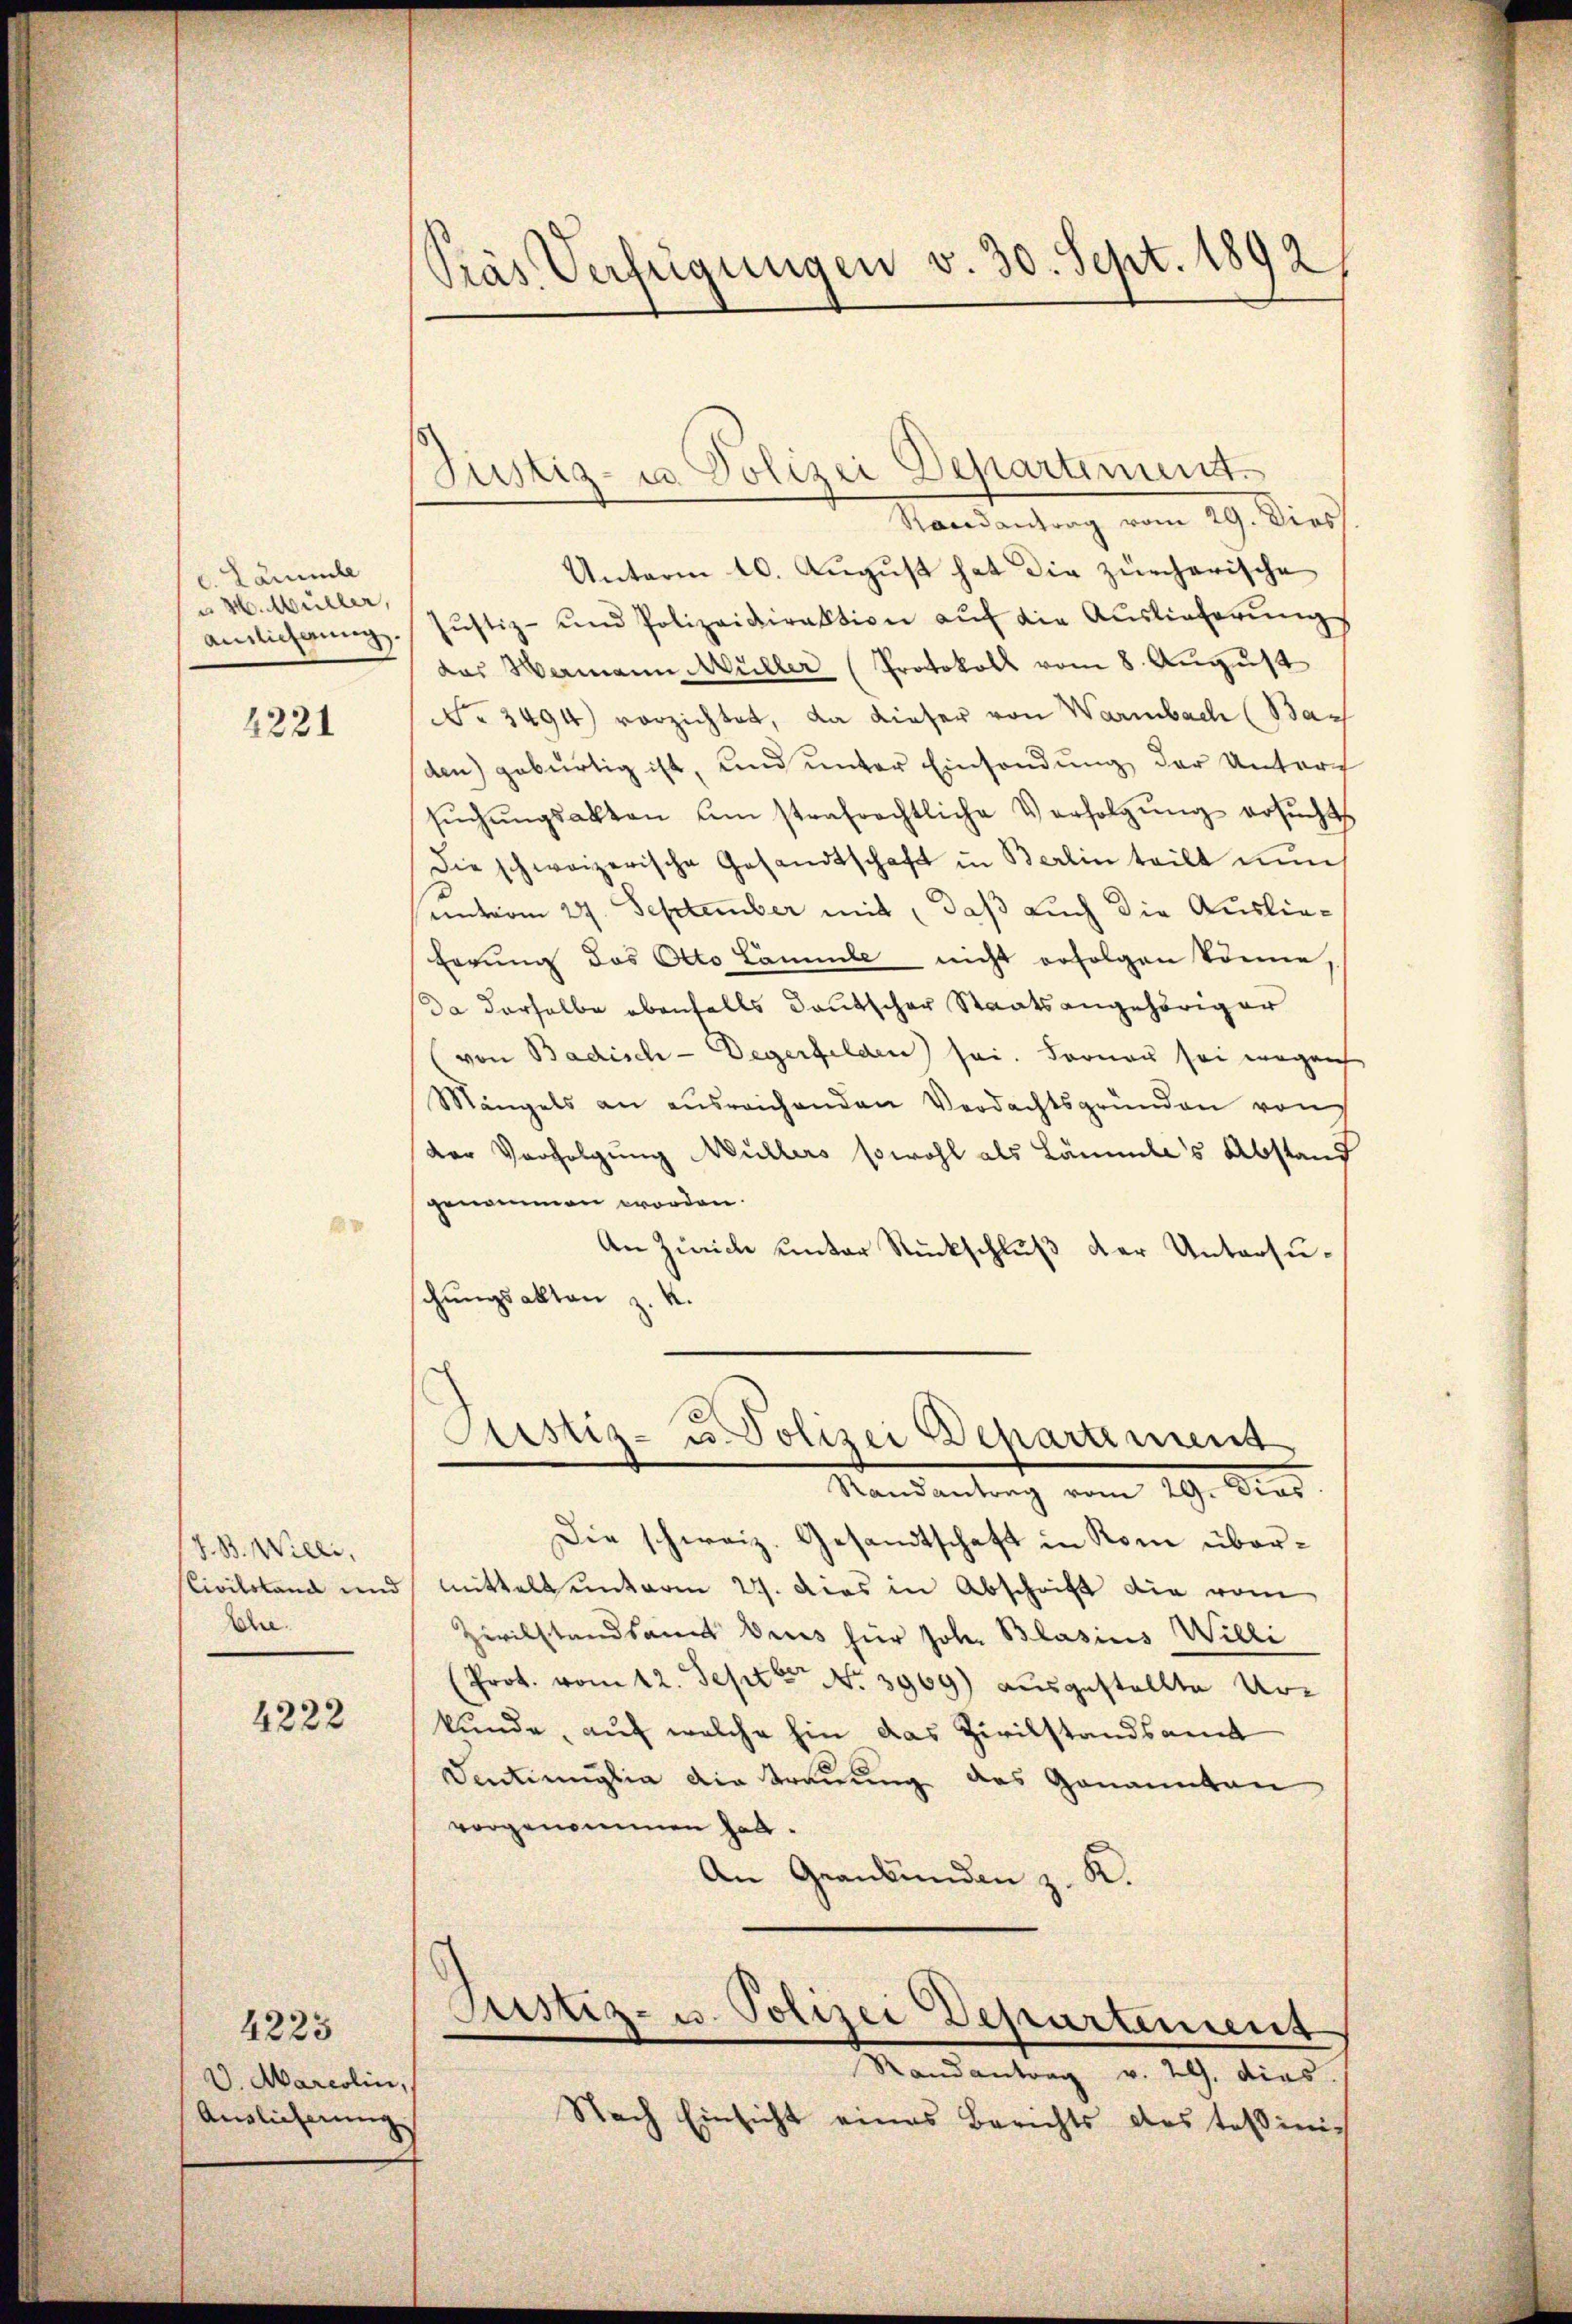
c. Lammle
u H. Müller,
ainlicherung

4221

J. B. Willi,
Civilstand und
Ah.

4222

4223
D. Marcolin,
Auslieferung

Präs. Verfügungen v. 30. Sept. 1892

Justiz- u. Polizei Departement.
Randantrag vom 29. Dies
Unterm 10. August hat die zürcherische
Jŭstiz- und Polizeidirektion aŭf die Auslieferŭngs
das Wermann Müller (Protokoll vom 8. August
No 3494) vorzichtet, da dieser von Warmbach (Bar
den) gebürtig ist, und unter Einsendung der Untert
sŭchŭngsakten um strafrechtliche Verfolgŭng ersŭchts
Die schweizerische Gesandtschaft in Berlin teilt nŭn
unterm 29. September mit, daß auch die Auslie¬
Errung des Otto Lammle nicht erfolgen könne,
Da derselbe ebenfalls deutscher Staatsangehöriger
von Badisch - Degerfelden sei. Ferner sei wegen
Mängels an ausreichenden Verdachtsgründen von
der Verfolgung Müllers sowohl als Läumle's Abstand
genommen worden.
An Zürich unter Rückschluß der Untersuchungsakten z. K.
Astiz- u. Polizei Departement
Randantrag vom 29. Dies
Die schweiz. Gesandtschaft in Rom übermittels unterm 27. Das in Abschrift die vom
Zivilstandsamt dies für Joh. Blasius Willi
Prot. vom 12. Sept No. 3969) ausgestellte Urkunde, auf welche hin das Zivilstandsamt
Ventimiglia die Trauung das Genannten
vorgenommen hat.
An Graubünden z. K.
Ristiz- u. Polizei Departement
Randantrag v. 29. dies
Nach Einsicht eines Berichts des Teßinis